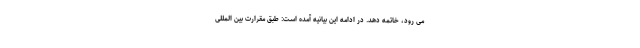
می رود، خاتمه دهد. در ادامه این بیانیه آمده است: طبق مقرارت بین المللی